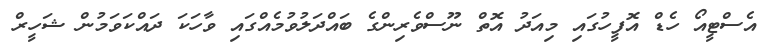
އެސްޓީއޯ ހެޑް އޮފީހުގައި މިއަދު އޮތް ނޫސްވެރިންގެ ބައްދަލުވުމެއްގައި ވާހަކަ ދައްކަވަމުން ޝަހީރް